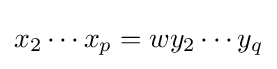
x_{2}\cdots x_{p}=wy_{2}\cdots y_{q}